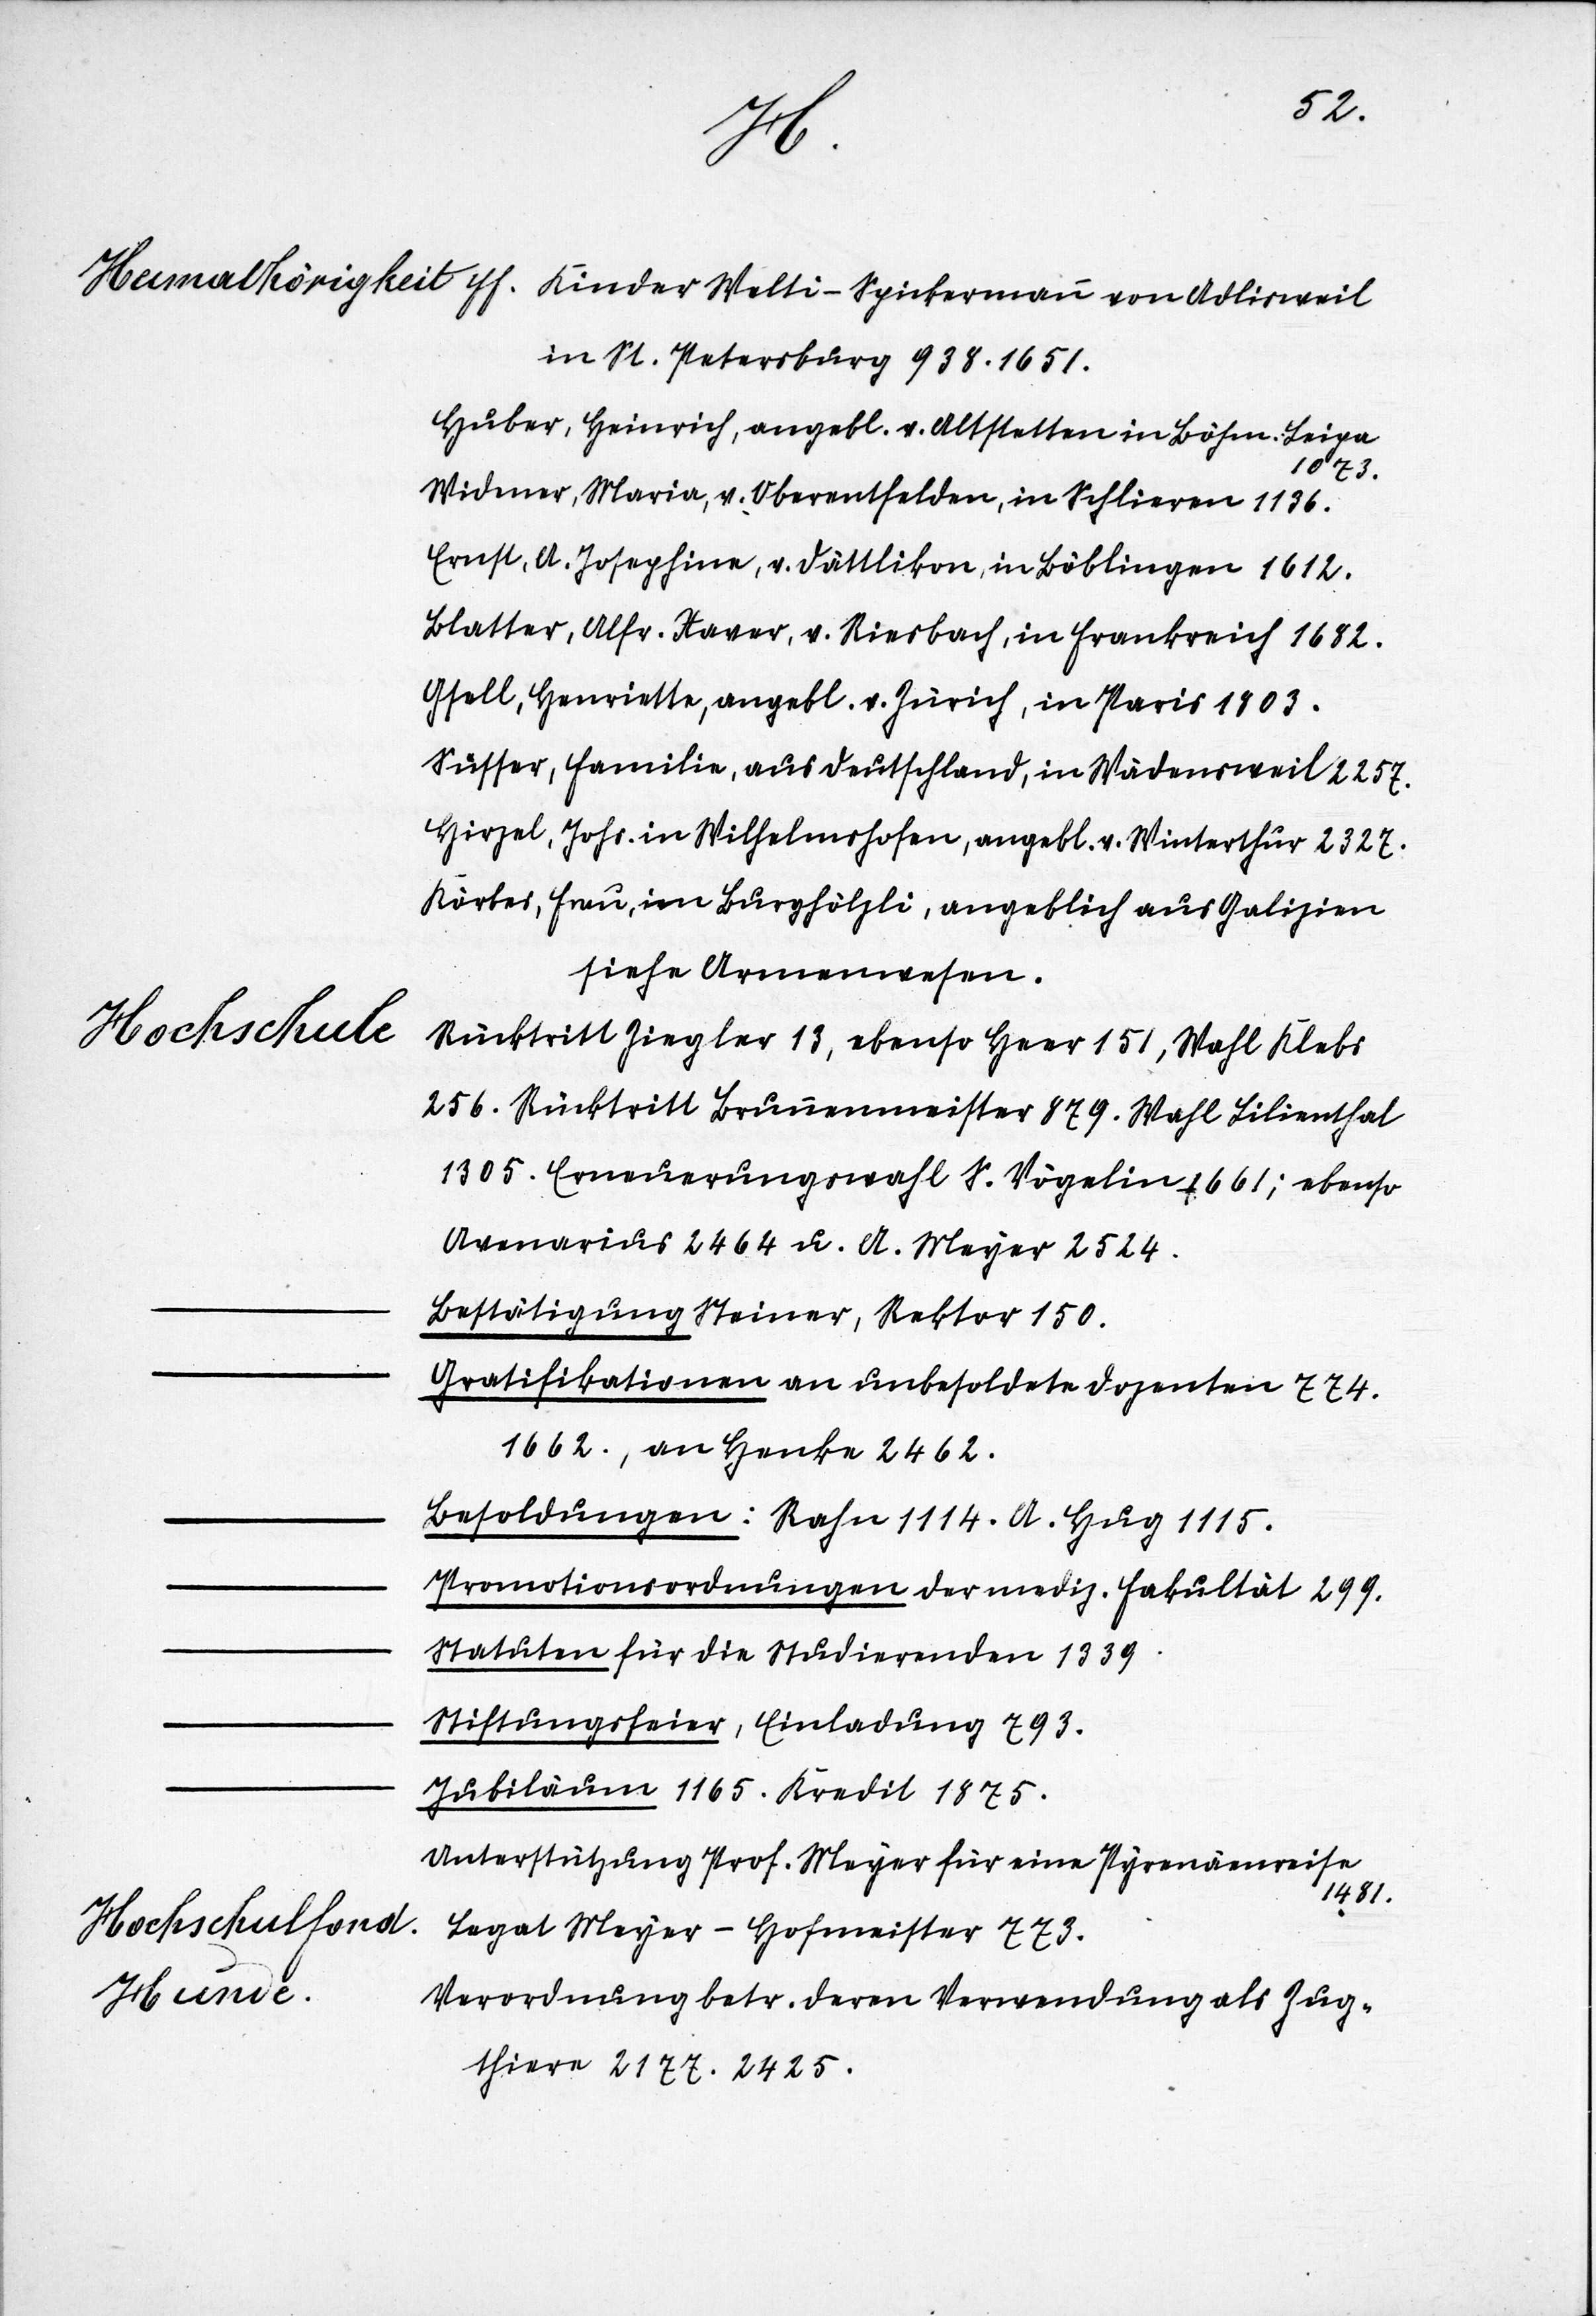
II.
Vorsteherschaft
Akten.